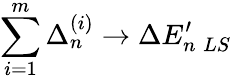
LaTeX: \sum_{i=1}^{m}\Delta_{n}^{(i)}\rightarrow\Delta E_{n\; LS}^{\prime}